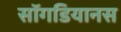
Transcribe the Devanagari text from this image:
सॉगडियानस